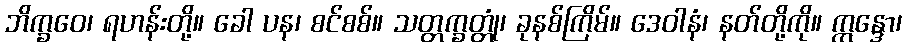
ဘိက္ခဝေ၊ ရဟန်းတို့။ ခေါ ပန၊ စင်စစ်။ သတ္တက္ခတ္တုံ၊ ခုနစ်ကြိမ်။ ဒေဝါနံ၊ နတ်တို့ကို။ ဣန္ဒော၊